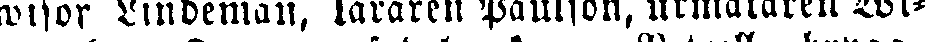
wisor Lindeman, läraren Paulson, urmakaren Wi-